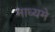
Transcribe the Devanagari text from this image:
माध्‍यमे